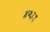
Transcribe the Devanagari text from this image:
४२३५